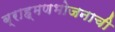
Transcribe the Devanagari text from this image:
ब्राह्मणभोजनाची